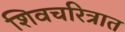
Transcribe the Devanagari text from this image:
शिवचरित्रात